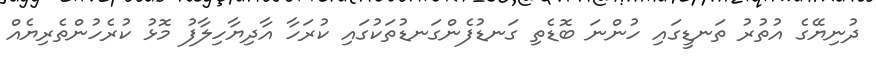
ދުނިޔޭގެ އުތުރު ތަނޑީގައި ހުންނަ ބޮޑެތި ގަނޑުފެންގަނޑުތަކުގައި ކުރަހާ އާދިޔާހިލާފު މޮޅު ކުރެހުންތެރިޔެއް